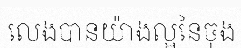
លេងបានយ៉ាងល្អនៃចុង